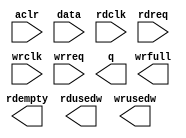
// megafunction wizard: %FIFO%VBB%
// GENERATION: STANDARD
// VERSION: WM1.0
// MODULE: dcfifo_mixed_widths 

// ============================================================
// Megafunction Name(s):
// 			dcfifo_mixed_widths
//
// Simulation Library Files(s):
// 			altera_mf
// ============================================================
// ************************************************************
// THIS IS A WIZARD-GENERATED FILE. DO NOT EDIT THIS FILE!
//
// 17.0.0 Build 595 04/25/2017 SJ Standard Edition
// ************************************************************

//Copyright (C) 2017  Intel Corporation. All rights reserved.
//Your use of Intel Corporation's design tools, logic functions 
//and other software and tools, and its AMPP partner logic 
//functions, and any output files from any of the foregoing 
//(including device programming or simulation files), and any 
//associated documentation or information are expressly subject 
//to the terms and conditions of the Intel Program License 
//Subscription Agreement, the Intel Quartus Prime License Agreement,
//the Intel MegaCore Function License Agreement, or other 
//applicable license agreement, including, without limitation, 
//that your use is for the sole purpose of programming logic 
//devices manufactured by Intel and sold by Intel or its 
//authorized distributors.  Please refer to the applicable 
//agreement for further details.

module afifo_8i_32o_1024 (
	aclr,
	data,
	rdclk,
	rdreq,
	wrclk,
	wrreq,
	q,
	rdempty,
	rdusedw,
	wrfull,
	wrusedw);

	input	  aclr;
	input	[7:0]  data;
	input	  rdclk;
	input	  rdreq;
	input	  wrclk;
	input	  wrreq;
	output	[31:0]  q;
	output	  rdempty;
	output	[7:0]  rdusedw;
	output	  wrfull;
	output	[9:0]  wrusedw;
`ifndef ALTERA_RESERVED_QIS
// synopsys translate_off
`endif
	tri0	  aclr;
`ifndef ALTERA_RESERVED_QIS
// synopsys translate_on
`endif

endmodule

// ============================================================
// CNX file retrieval info
// ============================================================
// Retrieval info: PRIVATE: AlmostEmpty NUMERIC "0"
// Retrieval info: PRIVATE: AlmostEmptyThr NUMERIC "-1"
// Retrieval info: PRIVATE: AlmostFull NUMERIC "0"
// Retrieval info: PRIVATE: AlmostFullThr NUMERIC "-1"
// Retrieval info: PRIVATE: CLOCKS_ARE_SYNCHRONIZED NUMERIC "0"
// Retrieval info: PRIVATE: Clock NUMERIC "4"
// Retrieval info: PRIVATE: Depth NUMERIC "1024"
// Retrieval info: PRIVATE: Empty NUMERIC "1"
// Retrieval info: PRIVATE: Full NUMERIC "1"
// Retrieval info: PRIVATE: INTENDED_DEVICE_FAMILY STRING "Cyclone IV E"
// Retrieval info: PRIVATE: LE_BasedFIFO NUMERIC "0"
// Retrieval info: PRIVATE: LegacyRREQ NUMERIC "1"
// Retrieval info: PRIVATE: MAX_DEPTH_BY_9 NUMERIC "0"
// Retrieval info: PRIVATE: OVERFLOW_CHECKING NUMERIC "0"
// Retrieval info: PRIVATE: Optimize NUMERIC "0"
// Retrieval info: PRIVATE: RAM_BLOCK_TYPE NUMERIC "0"
// Retrieval info: PRIVATE: SYNTH_WRAPPER_GEN_POSTFIX STRING "0"
// Retrieval info: PRIVATE: UNDERFLOW_CHECKING NUMERIC "0"
// Retrieval info: PRIVATE: UsedW NUMERIC "1"
// Retrieval info: PRIVATE: Width NUMERIC "8"
// Retrieval info: PRIVATE: dc_aclr NUMERIC "1"
// Retrieval info: PRIVATE: diff_widths NUMERIC "1"
// Retrieval info: PRIVATE: msb_usedw NUMERIC "0"
// Retrieval info: PRIVATE: output_width NUMERIC "32"
// Retrieval info: PRIVATE: rsEmpty NUMERIC "1"
// Retrieval info: PRIVATE: rsFull NUMERIC "0"
// Retrieval info: PRIVATE: rsUsedW NUMERIC "1"
// Retrieval info: PRIVATE: sc_aclr NUMERIC "0"
// Retrieval info: PRIVATE: sc_sclr NUMERIC "0"
// Retrieval info: PRIVATE: wsEmpty NUMERIC "0"
// Retrieval info: PRIVATE: wsFull NUMERIC "1"
// Retrieval info: PRIVATE: wsUsedW NUMERIC "1"
// Retrieval info: LIBRARY: altera_mf altera_mf.altera_mf_components.all
// Retrieval info: CONSTANT: INTENDED_DEVICE_FAMILY STRING "Cyclone IV E"
// Retrieval info: CONSTANT: LPM_NUMWORDS NUMERIC "1024"
// Retrieval info: CONSTANT: LPM_SHOWAHEAD STRING "OFF"
// Retrieval info: CONSTANT: LPM_TYPE STRING "dcfifo_mixed_widths"
// Retrieval info: CONSTANT: LPM_WIDTH NUMERIC "8"
// Retrieval info: CONSTANT: LPM_WIDTHU NUMERIC "10"
// Retrieval info: CONSTANT: LPM_WIDTHU_R NUMERIC "8"
// Retrieval info: CONSTANT: LPM_WIDTH_R NUMERIC "32"
// Retrieval info: CONSTANT: OVERFLOW_CHECKING STRING "ON"
// Retrieval info: CONSTANT: RDSYNC_DELAYPIPE NUMERIC "4"
// Retrieval info: CONSTANT: READ_ACLR_SYNCH STRING "OFF"
// Retrieval info: CONSTANT: UNDERFLOW_CHECKING STRING "ON"
// Retrieval info: CONSTANT: USE_EAB STRING "ON"
// Retrieval info: CONSTANT: WRITE_ACLR_SYNCH STRING "OFF"
// Retrieval info: CONSTANT: WRSYNC_DELAYPIPE NUMERIC "4"
// Retrieval info: USED_PORT: aclr 0 0 0 0 INPUT GND "aclr"
// Retrieval info: USED_PORT: data 0 0 8 0 INPUT NODEFVAL "data[7..0]"
// Retrieval info: USED_PORT: q 0 0 32 0 OUTPUT NODEFVAL "q[31..0]"
// Retrieval info: USED_PORT: rdclk 0 0 0 0 INPUT NODEFVAL "rdclk"
// Retrieval info: USED_PORT: rdempty 0 0 0 0 OUTPUT NODEFVAL "rdempty"
// Retrieval info: USED_PORT: rdreq 0 0 0 0 INPUT NODEFVAL "rdreq"
// Retrieval info: USED_PORT: rdusedw 0 0 8 0 OUTPUT NODEFVAL "rdusedw[7..0]"
// Retrieval info: USED_PORT: wrclk 0 0 0 0 INPUT NODEFVAL "wrclk"
// Retrieval info: USED_PORT: wrfull 0 0 0 0 OUTPUT NODEFVAL "wrfull"
// Retrieval info: USED_PORT: wrreq 0 0 0 0 INPUT NODEFVAL "wrreq"
// Retrieval info: USED_PORT: wrusedw 0 0 10 0 OUTPUT NODEFVAL "wrusedw[9..0]"
// Retrieval info: CONNECT: @aclr 0 0 0 0 aclr 0 0 0 0
// Retrieval info: CONNECT: @data 0 0 8 0 data 0 0 8 0
// Retrieval info: CONNECT: @rdclk 0 0 0 0 rdclk 0 0 0 0
// Retrieval info: CONNECT: @rdreq 0 0 0 0 rdreq 0 0 0 0
// Retrieval info: CONNECT: @wrclk 0 0 0 0 wrclk 0 0 0 0
// Retrieval info: CONNECT: @wrreq 0 0 0 0 wrreq 0 0 0 0
// Retrieval info: CONNECT: q 0 0 32 0 @q 0 0 32 0
// Retrieval info: CONNECT: rdempty 0 0 0 0 @rdempty 0 0 0 0
// Retrieval info: CONNECT: rdusedw 0 0 8 0 @rdusedw 0 0 8 0
// Retrieval info: CONNECT: wrfull 0 0 0 0 @wrfull 0 0 0 0
// Retrieval info: CONNECT: wrusedw 0 0 10 0 @wrusedw 0 0 10 0
// Retrieval info: GEN_FILE: TYPE_NORMAL afifo_8i_32o_1024.v TRUE
// Retrieval info: GEN_FILE: TYPE_NORMAL afifo_8i_32o_1024.inc FALSE
// Retrieval info: GEN_FILE: TYPE_NORMAL afifo_8i_32o_1024.cmp FALSE
// Retrieval info: GEN_FILE: TYPE_NORMAL afifo_8i_32o_1024.bsf FALSE
// Retrieval info: GEN_FILE: TYPE_NORMAL afifo_8i_32o_1024_inst.v FALSE
// Retrieval info: GEN_FILE: TYPE_NORMAL afifo_8i_32o_1024_bb.v TRUE
// Retrieval info: LIB_FILE: altera_mf